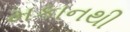
મકાનથી